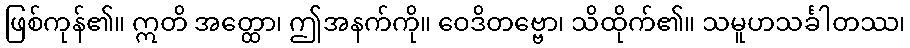
ဖြစ်ကုန်၏။ ဣတိ အတ္ထော၊ ဤအနက်ကို။ ဝေဒိတဗ္ဗော၊ သိထိုက်၏။ သမူဟသင်္ခါတဿ၊